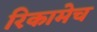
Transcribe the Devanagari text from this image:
रिकामेच